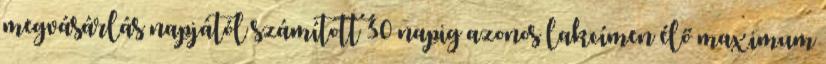
megvásárlás napjától számított 30 napig azonos lakcímen élő maximum